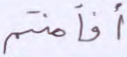
أفأمنتم